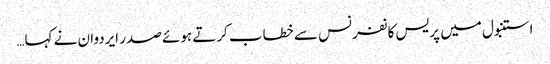
استنبول میں پریس کانفرنس سے خطاب کرتے ہوئے صدر ایردوان نے کہا…